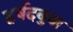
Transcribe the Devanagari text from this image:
हर्षदबुवा